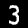
Label: 3